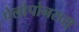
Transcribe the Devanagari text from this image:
पेलोपोनसस्‌